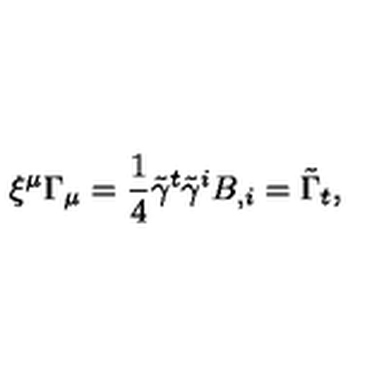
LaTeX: \xi ^ { \mu } \Gamma _ { \mu } = \frac 1 4 \tilde { \gamma } ^ { t } \tilde { \gamma } ^ { i } B _ { , i } = \tilde { \Gamma } _ { t } ,